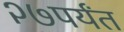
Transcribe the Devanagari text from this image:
२७पर्यंत